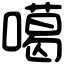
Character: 噶